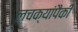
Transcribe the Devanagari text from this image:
लचक्यांपैकी